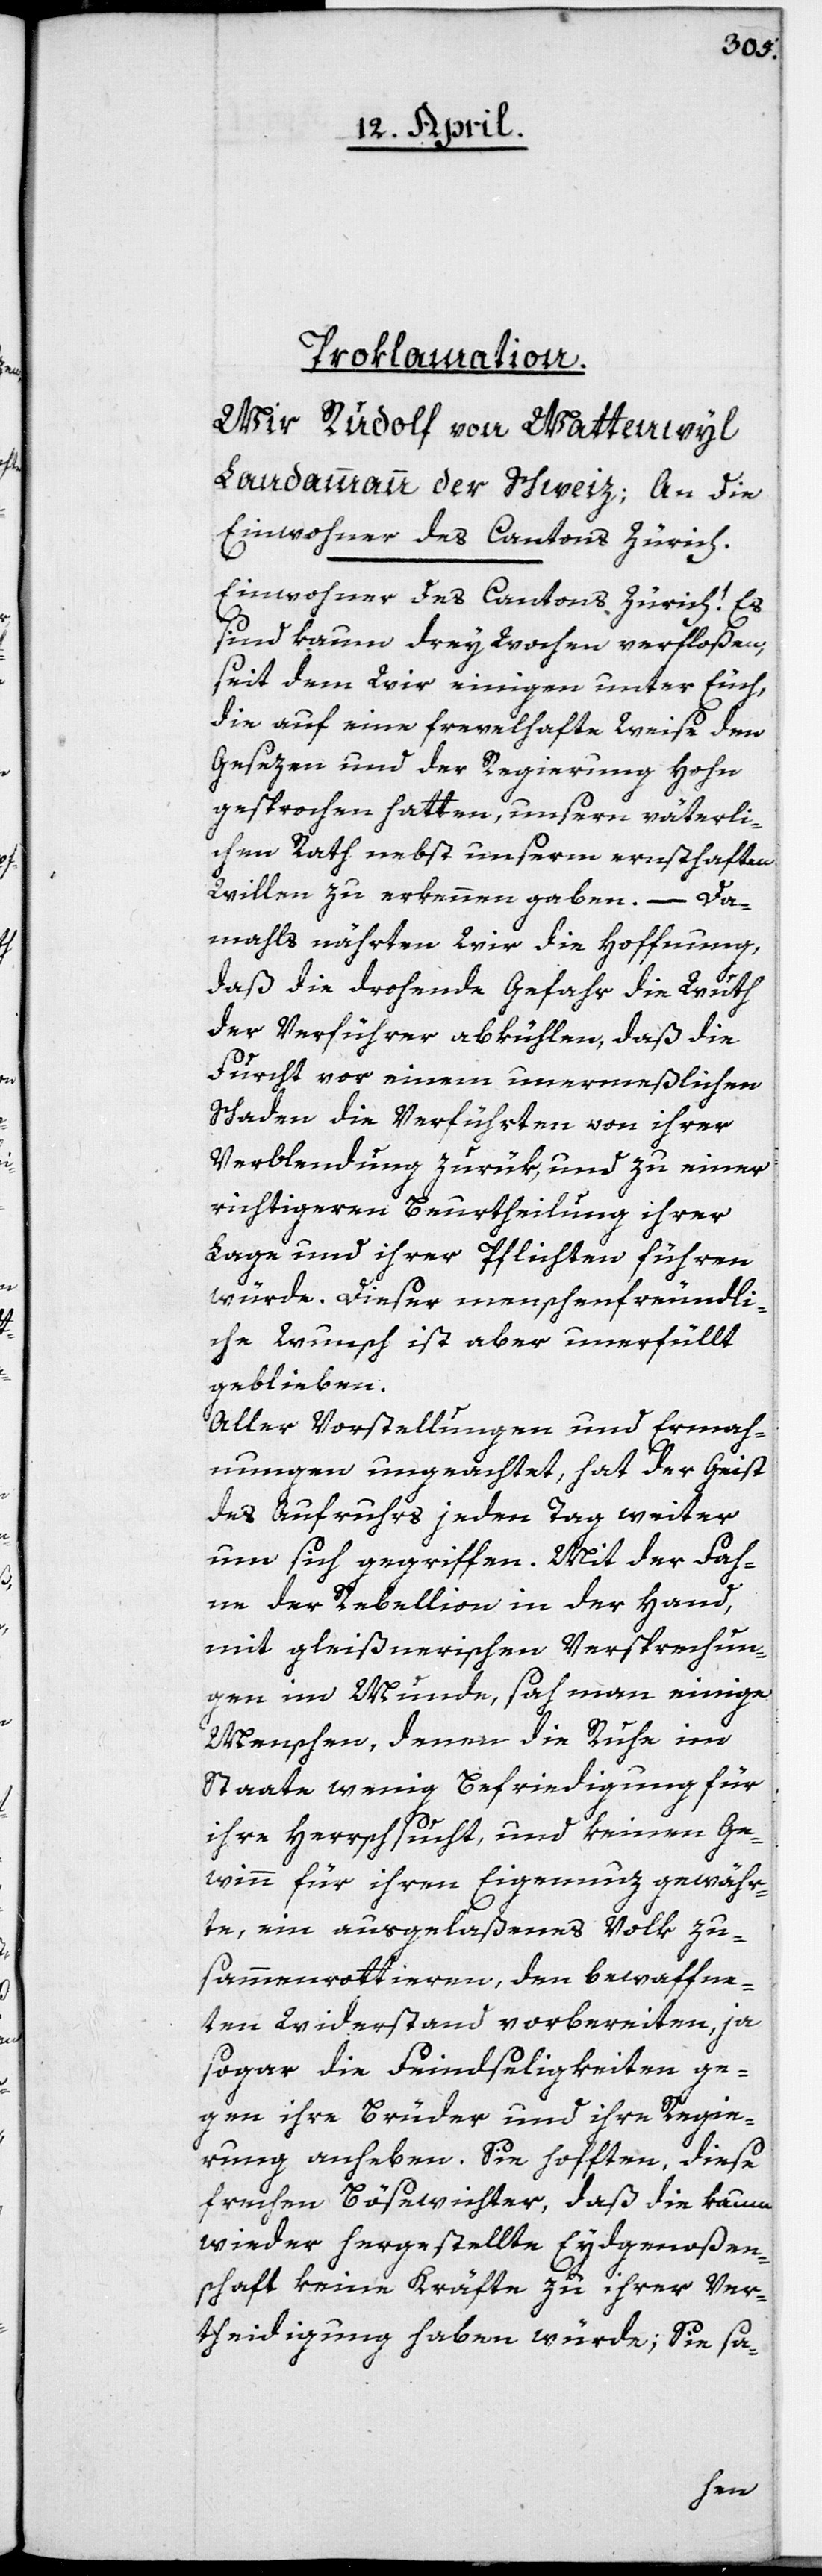
Proklamation.
Wir Rudolf von Wattenwyl,
Landammann der Schweiz, an die
Einwohner des Cantons Zürich.
Einwohner des Cantons Zürich! Es
sind kaum drey Wochen verfloßen,
seit dem Wir einigen unter Euch,
die auf eine frevelhafte Weise den
Gesezen und der Regierung Hohn
gesprochen hatten, unsern väterli¬
chen Rath nebst unserm ernsthaften
Willen zu erkennen gaben. – Da¬
mahls nährten Wir die Hoffnung,
daß die drohende Gefahr die Wuth
der Verführer abkühlen, daß die
Furcht vor einem unermeßlichen
Schaden die Verführten von ihrer
Verblendung zurük, und zu einer
richtigeren Beurtheilung ihrer
Lage und ihrer Pflichten führen
würde. Dieser menschenfreundli¬
che Wunsch ist aber unerfüllt
geblieben.
Aller Vorstellungen und Ermah¬
nungen ungeachtet, hat der Geist
des Aufruhrs jeden Tag weiter
um sich gegriffen. Mit der Fah¬
ne der Rebellion in der Hand,
mit gleißnerischen Versprechun¬
gen im Munde, sah man einige
Menschen, denen die Ruhe im
Staate wenig Befriedigung für
ihre Herrschsucht, und keinen Ge¬
winn für ihren Eigennuz gewähr¬
te, ein ausgelaßenes Volk zu¬
sammenrottieren, den bewaffne¬
ten Widerstand vorbereiten, ja
sogar die Feindseligkeiten ge¬
gen ihre Brüder und ihre Regie¬
rung anheben. Sie hofften, diese
frechen Bösewichter, daß die kaum
wieder hergestellte Eydgenoßen¬
schaft keine Kräfte zu ihrer Ver¬
theidigung haben würde; Sie sa-